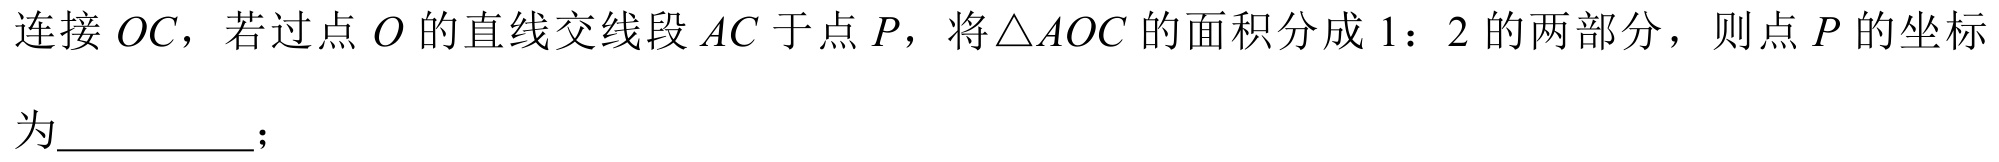
连接 \(OC\)，若过点 \(O\) 的直线交线段 \(AC\) 于点 \(P\)，将\(\triangle AOC\) 的面积分成 \(1\)：\(2\) 的两部分，则点 \(P\) 的坐标为  ；